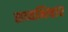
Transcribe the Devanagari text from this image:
सव्यभिचार